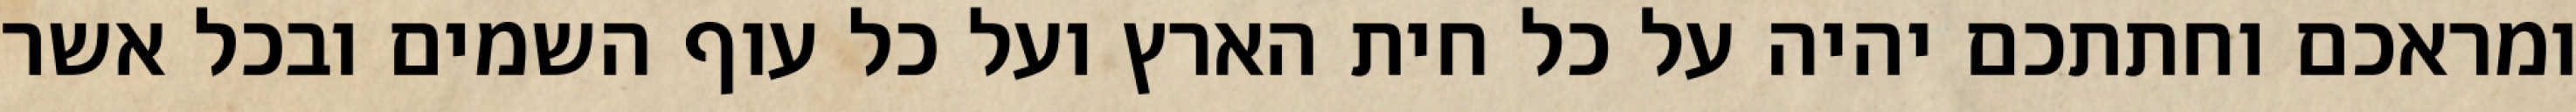
ומראכם וחתתכם יהיה על כל חית הארץ ועל כל עוף השמים ובכל אשר